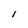
Character: l